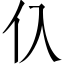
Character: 𰁡